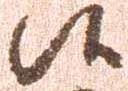
候